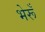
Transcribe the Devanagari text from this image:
भेरूँ